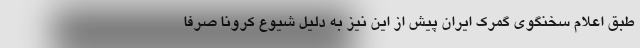
طبق اعلام سخنگوی گمرک ایران پیش از این نیز به دلیل شیوع کرونا صرفا